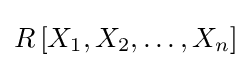
R\left[X_{1},X_{2},\dots ,X_{n}\right]